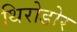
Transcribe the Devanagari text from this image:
थिरोडोर